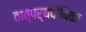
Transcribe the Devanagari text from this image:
तात्पर्यदीपिका